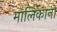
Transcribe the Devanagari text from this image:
मालिकानों